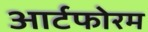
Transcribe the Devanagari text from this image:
आर्टफोरम